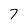
Character: 7